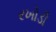
રખોડી